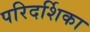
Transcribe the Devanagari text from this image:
परिदर्शिका